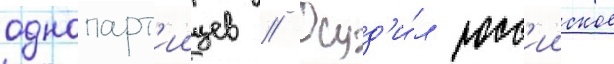
однопарт'иицев // Осуд'и́л росс'ииское